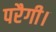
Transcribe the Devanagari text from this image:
परैगी।